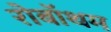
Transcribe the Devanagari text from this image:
रोबॉथम